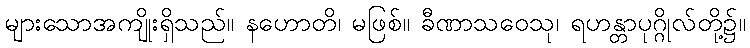
များသောအကျိုးရှိသည်။ နဟောတိ၊ မဖြစ်။ ခီဏာသဝေသု၊ ရဟန္တာပုဂ္ဂိုလ်တို့၌။